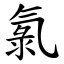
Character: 氯